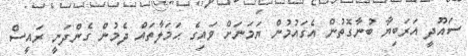
ސައޫދީ އަރަބިޔާ ބުނާގޮތުން އެގައުމުން ޔަމަނަށް ވައިގެ ޙަމަލާތައް ދެމުން ގެންދަނީ ރައީސް